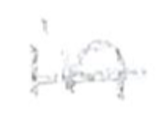
Text: in
Cross-out: single-line
Writing tool: pencil